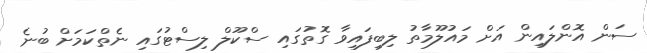
ސަން އޮންލައިން އަށް މައުލޫމާތު ލިބިފައިވާ ގޮތުގައި ސްކޫލް ލިސްޓުގައި ނެތްކަމަށް ބުނެ